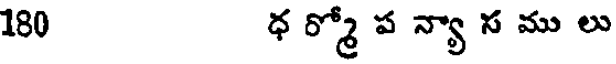
180 ధ ర్మో ప న్యా స ము లు